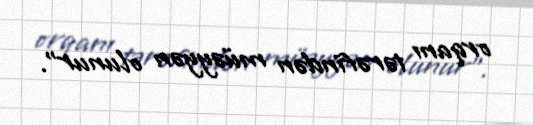
orqanı tərəfindən müəyyən olunur”.